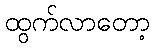
ထွက်လာတော့